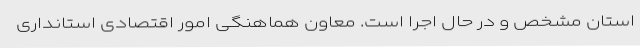
استان مشخص و در حال اجرا است. معاون هماهنگی امور اقتصادی استانداری